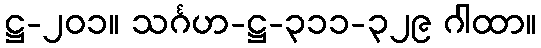
ဋ္ဌ-၂၀၁။ သင်္ဂဟ-ဋ္ဌ-၃၁၁-၃၂၉ ဂါထာ။